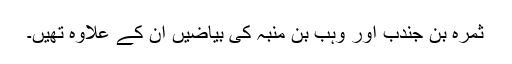
ثمرہ بن جندب اور وہب بن منبہ کی بیاضیں ان کے علاوہ تھیں۔